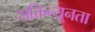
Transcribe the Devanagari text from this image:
शक्तिन्यूनता